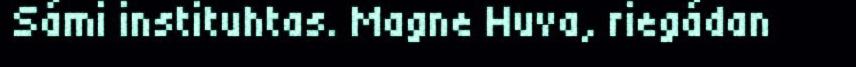
Sámi instituhtas. Magne Huva, riegádan